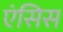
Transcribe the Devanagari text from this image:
एंसिस